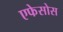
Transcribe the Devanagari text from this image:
एफेसोस